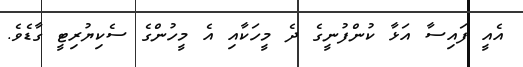
އެއީ ފައިސާ އަޅާ ކުންފުނީގެ ދެ މީހަކާއި އެ މީހުންގެ ސެކިޔުރިޓީ ގާޑެވެ.